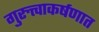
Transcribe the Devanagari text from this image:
गुरुत्त्वाकर्षणात